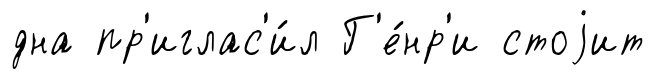
дна пр'иглас'и́л Г'е́нр'и стоjит